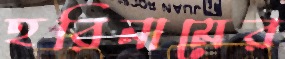
হরিনামের